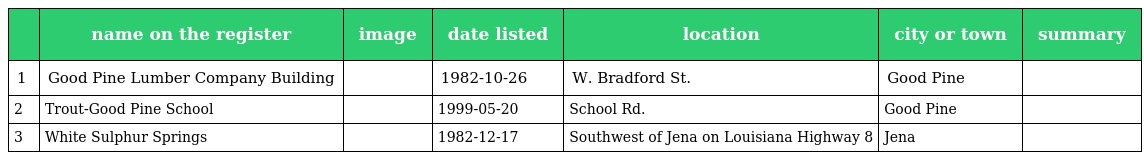
|  | name on the register | image | date listed | location | city or town | summary |
 | --- | --- | --- | --- | --- | --- | --- |
 | 1 | Good Pine Lumber Company Building |  | 1982-10-26 | W. Bradford St. | Good Pine |  |
 | 2 | Trout-Good Pine School |  | 1999-05-20 | School Rd. | Good Pine |  |
 | 3 | White Sulphur Springs |  | 1982-12-17 | Southwest of Jena on Louisiana Highway 8 | Jena |  |